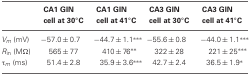
<table><thead><tr><td></td><td><b>CA1 GIN cell at 30°C</b></td><td><b>CA1 GIN cell at 41°C</b></td><td><b>CA3 GIN cell at 30°C</b></td><td><b>CA3 GIN cell at 41°C</b></td></tr></thead><tbody><tr><td><i>V</i><sub><i>m</i></sub> (mV)</td><td>−57.0 ± 0.7</td><td>−44.7 ± 1.1<sup>***</sup></td><td>−55.6 ± 0.8</td><td>−44.0 ± 1.1<sup>***</sup></td></tr><tr><td><i>R</i><sub><i>in</i></sub> (MΩ)</td><td>565 ± 77</td><td>410 ± 76<sup>**</sup></td><td>322 ± 28</td><td>221 ± 25<sup>***</sup></td></tr><tr><td>τ<sub><i>m</i></sub> (ms)</td><td>51.4 ± 2.8</td><td>35.9 ± 3.6<sup>***</sup></td><td>42.7 ± 2.4</td><td>36.5 ± 1.9<sup>*</sup></td></tr></tbody></table>